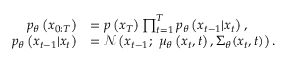
\begin{array} { r l } { p _ { \theta } \left( x _ { 0 : T } \right) } & { = p \left( x _ { T } \right) \prod _ { t = 1 } ^ { T } p _ { \theta } \left( x _ { t - 1 } | x _ { t } \right) , } \\ { p _ { \theta } \left( x _ { t - 1 } | x _ { t } \right) } & { = \mathcal { N } \left( x _ { t - 1 } ; \ \mu _ { \theta } \left( x _ { t } , t \right) , { { \Sigma } _ { \theta } } ( { { x } _ { t } } , t ) \right) . } \end{array}